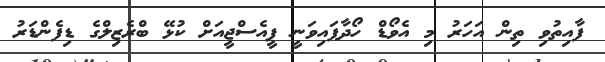
ފާއިތުވި ތިން އަހަރު މި އެވޯޑް ހޯދާފައިވަނީ ޕީއެސްޖީއަށް ކުޅޭ ބްރެޒިލްގެ ޑިފެންޑަރު